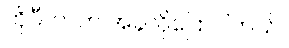
ကိုပီတာက အခုလိုပြောပါတယ်။